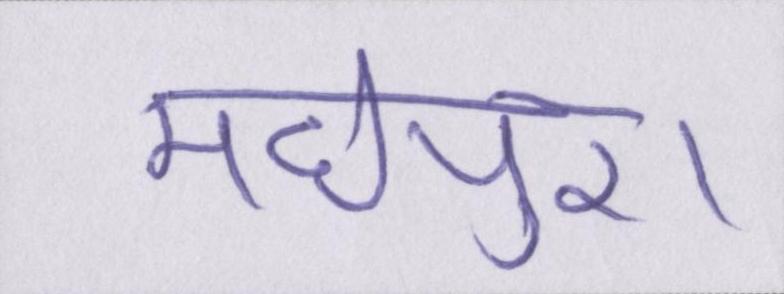
मधेपुरा